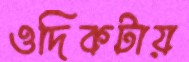
ওদিকটায়